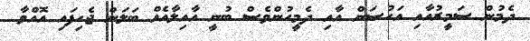
ދެމުން ސަމީރުއާއި އަހުސަން އާއި ދެމީހުންވެސް ބުނީ އާއިލާއެއް ބަލަން ޖެހިފައި އޮއްވާ